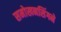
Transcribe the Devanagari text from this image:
समोखनसिंगने